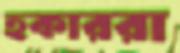
হকাররা